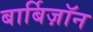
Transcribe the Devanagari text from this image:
बार्बिज़ॉन